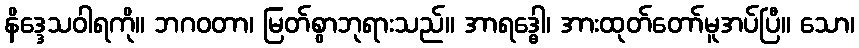
နိဒ္ဒေသဝါရကို။ ဘဂဝတာ၊ မြတ်စွာဘုရားသည်။ အာရဒ္ဓေါ၊ အားထုတ်တော်မူအပ်ပြီ။ သော၊